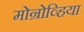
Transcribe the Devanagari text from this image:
मोन्रोव्हिया